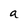
Character: a